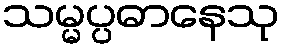
သမ္မပ္ပဓာနေသု